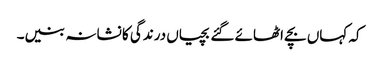
کہ کہاں بچے اٹھائے گئے بچیاں درندگی کا نشانہ بنیں۔